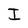
Character: I